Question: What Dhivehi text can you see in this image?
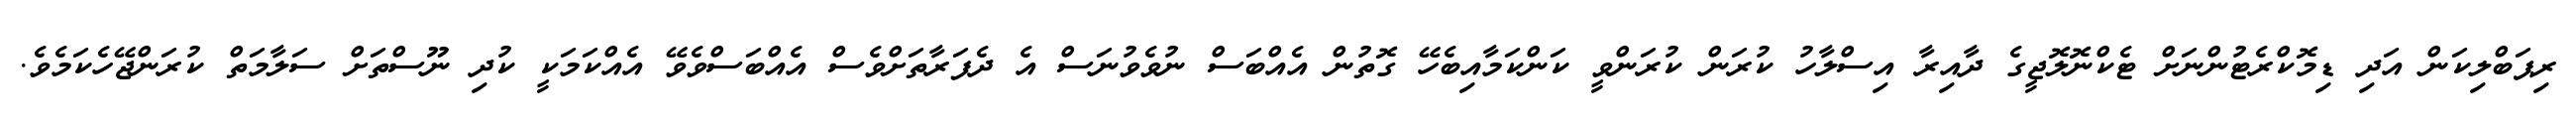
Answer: ރިޕަބްލިކަން އަދި ޑިމޮކްރެޓުންނަށް ޓެކްނޮލޮޖީގެ ދާއިރާ އިސްލާހު ކުރަން ކުރަންވީ ކަންކަމާއިބެހޭ ގޮތުން އެއްބަސް ނުވެވުނަސް އެ ދެފަރާތަށްވެސް އެއްބަސްވެވޭ އެއްކަމަކީ ކުދި ނޫސްތަށް ސަލާމަތް ކުރަންޖޭހެކަމެވެ.